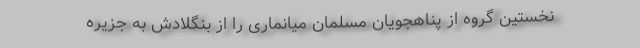
نخستین گروه از پناهجویان مسلمان میانماری را از بنگلادش به جزیره‌